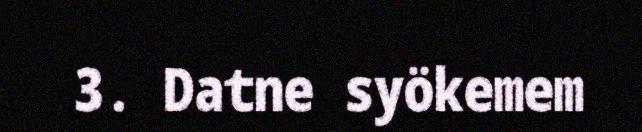
3. Datne syökemem